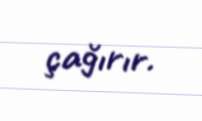
çağırır.